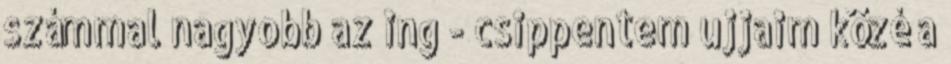
számmal nagyobb az ing - csippentem ujjaim közé a